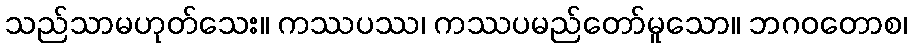
သည်သာမဟုတ်သေး။ ကဿပဿ၊ ကဿပမည်တော်မူသော။ ဘဂဝတောစ၊